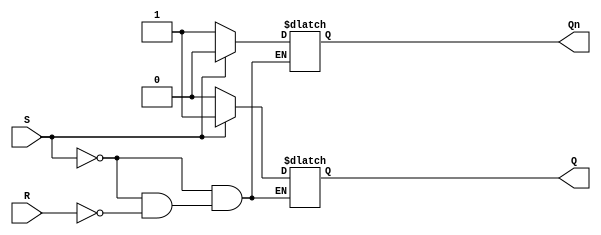
module SR_flipflop (
    input S, 
    input R, 
    output reg Q, 
    output reg Qn
);

always @*
begin
    if (S)
    begin
        Q = 1;
        Qn = 0;
    end
    else if (R)
    begin
        Q = 0;
        Qn = 1;
    end
end

endmodule